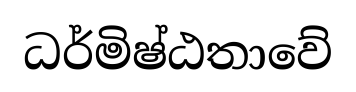
ධර්මිෂ්ඨතාවේ